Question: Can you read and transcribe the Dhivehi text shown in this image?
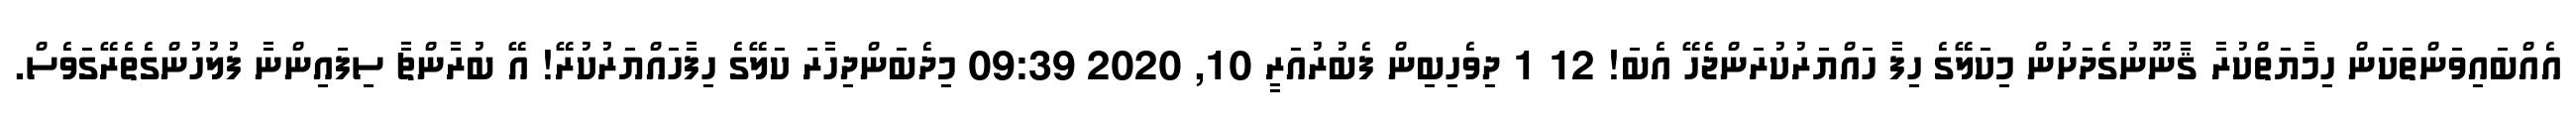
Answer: އެއްބައިވަންތަކަން ހިމާޔަތްކުރާ ޤާނޫނުގެދަށުން މިކަލޭގެ ހިފާ ހައްޔަރުކުރަންޖެހޭ އެބަ! 12 1 ދިވެހިބިން ފެބުރުއަރީ 10, 2020 09:39 މިދެބަންދިހާރަ ކަލޭގެ ހިފާހައްޔަރުކުރޭ! އޭ ބުރާންޗާ ސިފައިންނާ ފުލުހުންގެތެރޭގަވެސް.